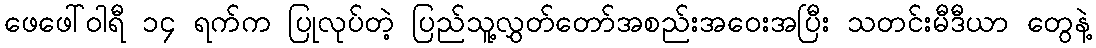
ဖေဖေါ်ဝါရီ ၁၄ ရက်က ပြုလုပ်တဲ့ ပြည်သူ့လွှတ်တော်အစည်းအဝေးအပြီး သတင်းမီဒီယာ တွေနဲ့